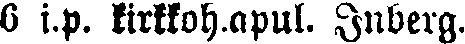
6 i.p. kirkkoh.apul. Inberg.